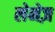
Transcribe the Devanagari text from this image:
लेमेज़